Vaccination in Bombay 1924-1928 - 1924-1928
Year: 1924
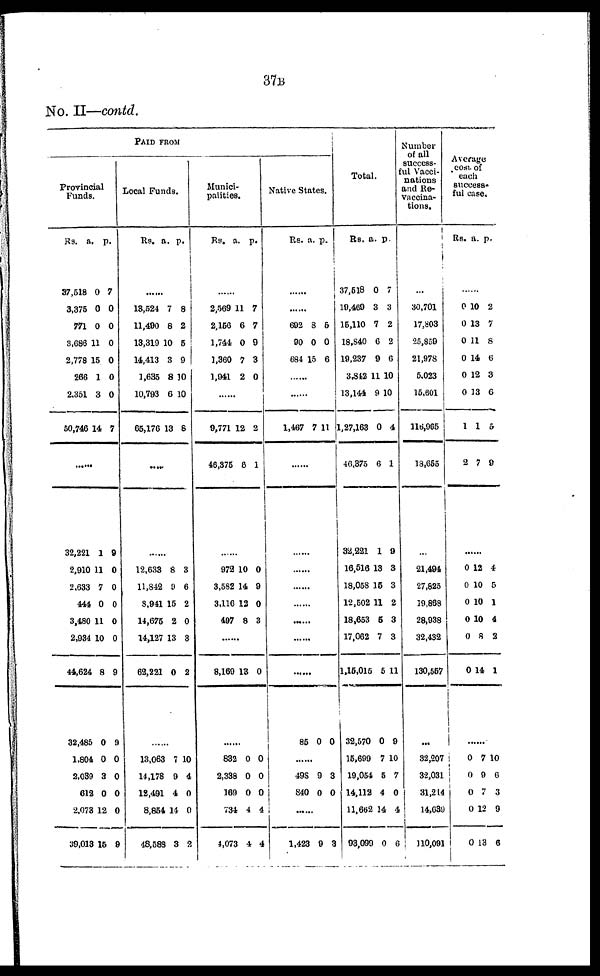
37B
No. II—contd.
PAID FROM
Provincial
Funds.
Rs.
37,518
3,375
771
3,686
2,778
266
2,351
50,746
a.
0
0
0
11
15
1
3
14
p.
7
0
0
0
0
0
0
7
32,221
2,910
2,633
444
3,480
2,934
44,624
32,485
1,804
2,039
612
2,078
39,013
1
11
7
0
11
10
8
0
0
3
0
12
15
9
0
0
0
0
0
9
9
0
0
0
0
9
Local Funds.
Rs. a. p.
......
13,524
11,490
13,319
14,413
1,635
10,793
65,176
7
8
10
3
8
6
13
8
2
5
9
10
10
8
.....
......
12,633
11,842
8,941
14,675
14,127
62,221
8
9
15
2
13
0
3
6
2
0
3
2
......
13,063
14,178
12,491
8,854
48,588
7
9
4
14
3
10
4
0
0
2
Munici-
palities.
Rs.
a.
p.
......
2,569
2,156
1,744
1,360
1,941
11
6
0
7
2
7
7
9
3
0
......
9,771
46,375
12
8
2
1
......
972
3,582
3,116
497
10
14
12
8
0
9
0
3
......
8,169 13 0
......
832
2,338
169
734
4,073
0
0
0
4
4
0
0
0
4
4
Native States.
Rs. a. p.
......
......
692
90
684
3
0
15
5
0
6
......
......
1,467 7 11
......
......
......
......
......
......
......
......
85 0 0
......
498
840
9
0
3
0
......
1,423 9 3
Total.
Rs.
37,518
19,469
16,110
18,840
19,237
3,842
13,144
1,27,163
40,375
32,221
16,516
18,058
12,502
18,653
17,062
1,15,015
32,570
15,699
19,054
14,112
11,662
93,099
a.
0
3
7
6
9
11
9
0
6
1
13
16
11
5
7
5
0
7
5
4
14
0
p.
7
3
2
2
6
10
10
4
1
9
3
3
2
3
3
11
9
10
7
0
4
6
Number
of all
success-
ful Vacci-
nations
and Re¬
vaccina¬
tions.
...
30,701
17,803
25,859
21,978
5,023
15,601
116,906
18,665
...
21,494
27,825
19,868
28,938
32,432
130,557
...
32,207
32,031
31,214
14,639
110,091
Average
cost, of
each
success¬
ful case.
RS. a. p.
......
0
0
0
0
0
0
1
2
10
13
11
14
12
13
1
7
2
7
8
6
3
6
5
9
......
0
0
0
0
0
0
12
10
10
10
8
14
4
5
1
4
2
1
......
0
0
0
0
0
7
9
7
12
13
10
6
3
9
6